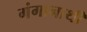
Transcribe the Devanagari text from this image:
गंगानाथी